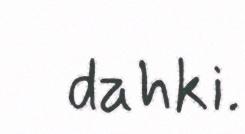
dahki.